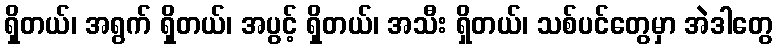
ရှိတယ်၊ အရွက် ရှိတယ်၊ အပွင့် ရှိတယ်၊ အသီး ရှိတယ်၊ သစ်ပင်တွေမှာ အဲဒါတွေ